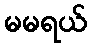
မမရယ်